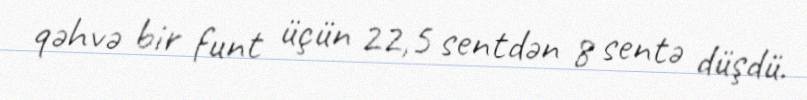
qəhvə bir funt üçün 22,5 sentdən 8 sentə düşdü.